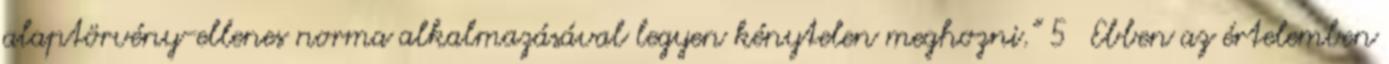
alaptörvény-ellenes norma alkalmazásával legyen kénytelen meghozni.” 5 Ebben az értelemben